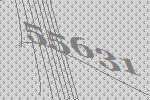
55631